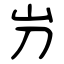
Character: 屶